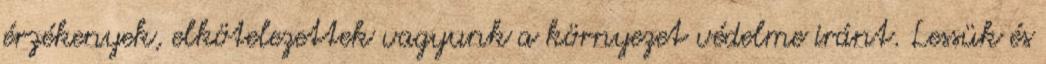
érzékenyek, elkötelezettek vagyunk a környezet védelme iránt. Lessük és